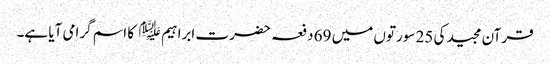
قرآن مجید کی 25 سورتوں میں 69 دفعہ حضرت ابراہیم ﷤ کا اسم گرامی آیا ہے۔